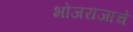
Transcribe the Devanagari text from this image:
भोजराजाचे